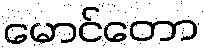
မောင်တော